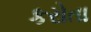
કરોતા